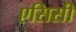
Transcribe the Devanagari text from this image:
एसिसी